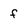
Character: f